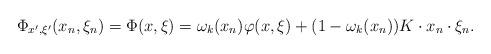
LaTeX: \begin{align*}\Phi_{x^\prime,\xi^\prime}(x_n,\xi_n)=\Phi(x,\xi)=\omega_k(x_n)\varphi(x,\xi)+(1-\omega_k(x_n))K\cdot x_n\cdot\xi_n.\end{align*}